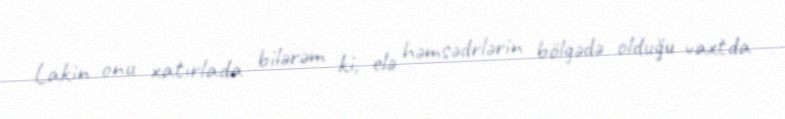
Lakin onu xatırlada bilərəm ki, elə həmsədrlərin bölgədə olduğu vaxtda